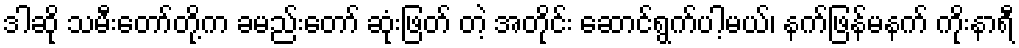
ဒါဆို သမီးတော်တို့က ခမည်းတော် ဆုံးဖြတ် တဲ့ အတိုင်း ဆောင်ရွက်ပါ့မယ်၊ နက်ဖြန်မနက် ကိုးနာရီ